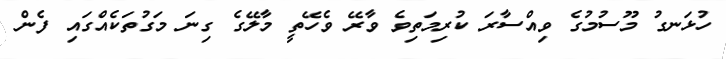
ހުޅަނގު މޫސުމުގެ ވިއްސާރަ ކުރިމަތިވެ ވާރޭ ވެހޭތީ މާލޭގެ ގިނަ މަގުތަކެއްގައި ފެން